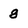
Character: g